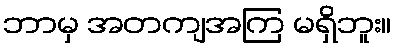
ဘာမှ အတကျအကြ မရှိဘူး။